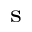
_ \mathrm { s }